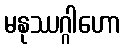
မနုဿဂ္ဂါဟော